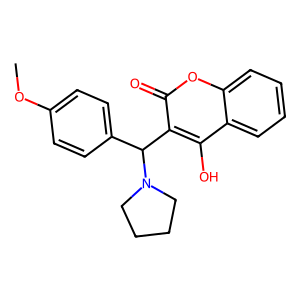
SMILES: COc1ccc(C(c2c(O)c3ccccc3oc2=O)N2CCCC2)cc1
Inhibits HIV replication: No